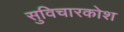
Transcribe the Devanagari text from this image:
सुविचारकोश